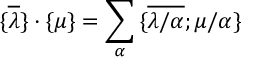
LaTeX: { \{ } \overline { { { \lambda } } } { \} } \cdot { \{ } { \mu } { \} } = \sum _ { \alpha } { \{ } \overline { { { \lambda / \alpha } } } ; { \mu / \alpha } { \} }